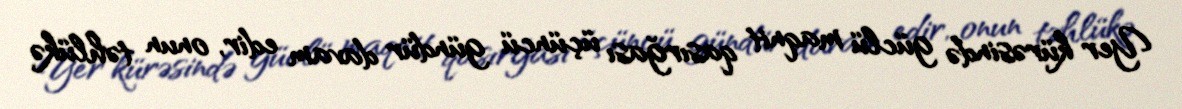
Yer kürəsində güclü maqnit qasırğası üçüncü gündür davam edir, onun təhlükə